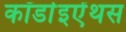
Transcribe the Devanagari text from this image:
कॉर्डाइऐंथस